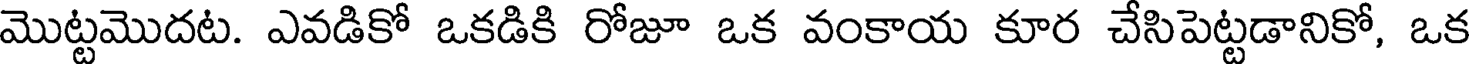
మొట్టమొదట. ఎవడికో ఒకడికి రోజూ ఒక వంకాయ కూర చేసిపెట్టడానికో, ఒక